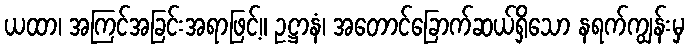
ယထာ၊ အကြင်အခြင်းအရာဖြင့်။ ဥဋ္ဌာနံ၊ အတောင်ခြောက်ဆယ်ရှိသော နရက်ကျွန်းမှ